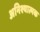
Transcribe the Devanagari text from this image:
अनिश्यात्मक